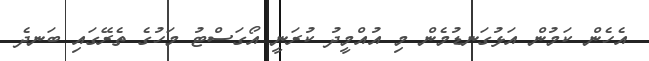
އެހެން ކަމުން އަޅުގަނޑުމެން މި އުއްމީދު ކުރަނީ އޯގަސްޓު މަހުުގެ ތެރޭގައި ބަނދެ